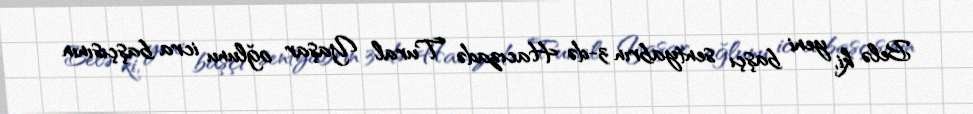
Belə ki, yeni başçı sentyabrın 3-də Hacızadə Tural Yaşar oğlunu icra başçısının